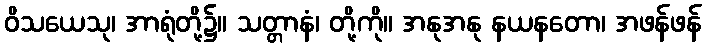
ဝိသယေသု၊ အာရုံတို့၌။ သတ္တာနံ၊ တို့ကို။ အနုအနု နယနတော၊ အဖန်ဖန်